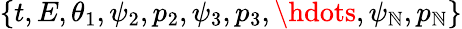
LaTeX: \{ t,E,\theta_{1},\psi_{2},p_{2},\psi_{3},p_{3},\hdots,\psi_{\mathbb{N}},p_{\mathbb{N}}\}